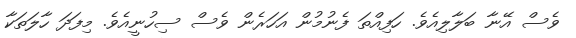
ވެސް އޭނާ ބަލާލިއެވެ. ހަފިއްތަ ފެނުމުން އަހަރެން ވެސް ސިހުނީއެވެ. މިފަދަ ހާލަތަކާ